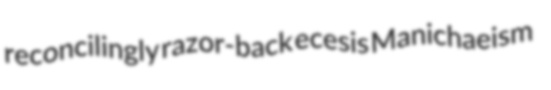
reconcilingly razor-back ecesis Manichaeism